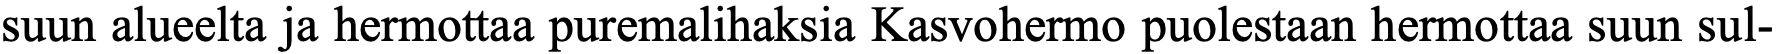
suun alueelta ja hermottaa puremalihaksia Kasvohermo puolestaan hermottaa suun sul-